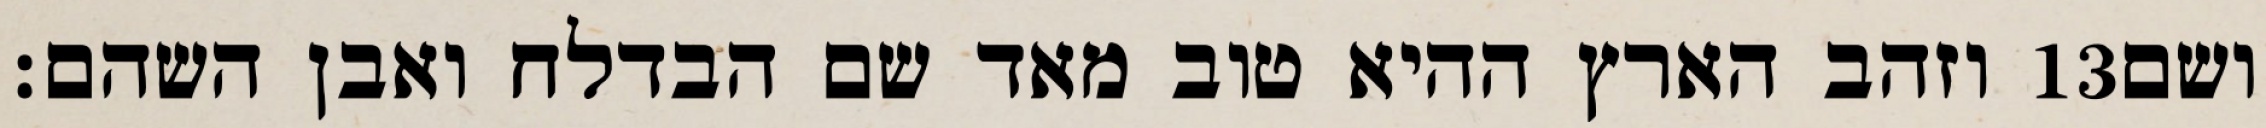
וזהב הארץ ההיא טוב מאד שם הבדלח ואבן השהם׃ ‎13‏ ושם